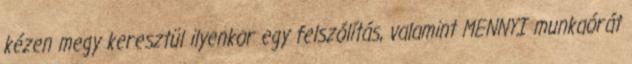
kézen megy keresztül ilyenkor egy felszólítás, valamint MENNYI munkaórát